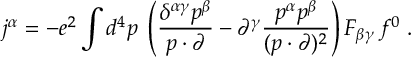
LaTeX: j ^ { \alpha } = - e ^ { 2 } \int d ^ { 4 } p \; \left( \frac { \delta ^ { \alpha \gamma } p ^ { \beta } } { p \cdot \partial } - \partial ^ { \gamma } \frac { p ^ { \alpha } p ^ { \beta } } { ( p \cdot \partial ) ^ { 2 } } \right) F _ { \beta \gamma } \, f ^ { 0 } \; .